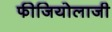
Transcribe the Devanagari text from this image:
फीजियोलाजी